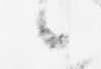
候